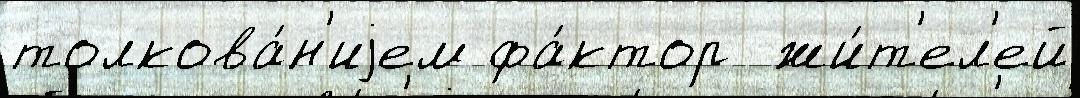
толкова́н'иjем фа́ктор  жи́т'ел'ей